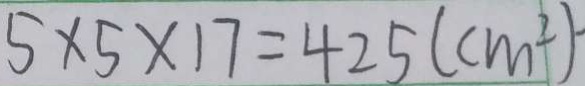
5 \times 5 \times 1 7 = 4 2 5 ( c m ^ { 2 } ) \cdot